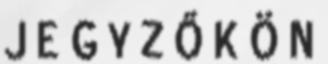
J E G Y Z Ő K Ö N